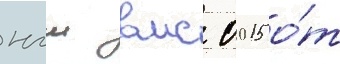
нгш вмс 0015 о́т